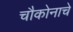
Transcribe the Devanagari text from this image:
चौकोनाचे